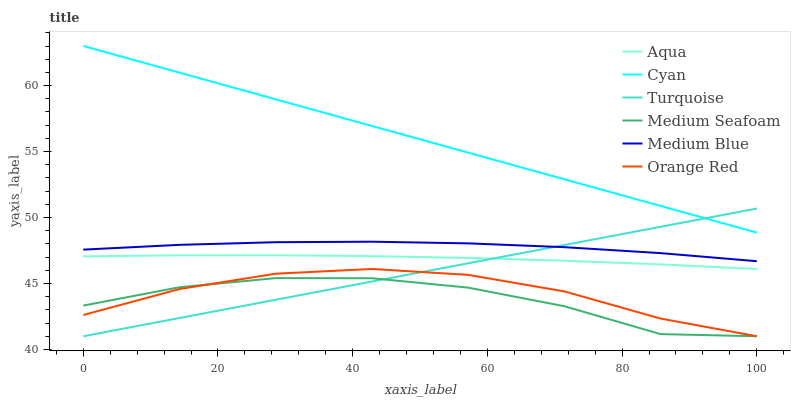
| xaxis_label | Aqua | Cyan | Turquoise | Medium Seafoam | Medium Blue | Orange Red |
 | --- | --- | --- | --- | --- | --- | --- |
 | 0 | 47.1 | 63 | 41 | 43.3 | 47.6 | 42.6 |
 | 14.3 | 47.1 | 61 | 42.4 | 44.7 | 47.9 | 44.6 |
 | 28.6 | 47.1 | 59 | 43.8 | 45.4 | 48.1 | 45.7 |
 | 42.9 | 47.1 | 56.9 | 45.1 | 45.4 | 48.2 | 46.1 |
 | 57.1 | 46.9 | 54.9 | 46.5 | 44.7 | 48 | 45.7 |
 | 71.4 | 46.7 | 52.9 | 47.9 | 43.3 | 47.8 | 44.4 |
 | 85.7 | 46.4 | 50.9 | 49.3 | 41.2 | 47.3 | 42.3 |
 | 100 | 46.1 | 48.9 | 50.7 | 41 | 46.7 | 41 |